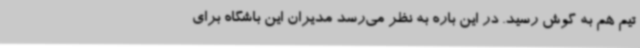
تیم هم به گوش رسید. در این باره به نظر می‌رسد مدیران این باشگاه برای